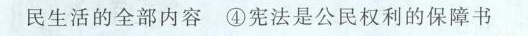
民生活的全部内容 ④宪法是公民权利的保障书